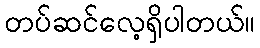
တပ်ဆင်လေ့ရှိပါတယ်။